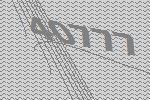
40777